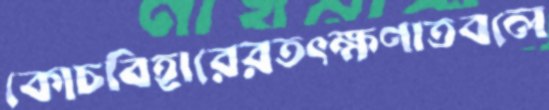
কোচবিহারেরতৎক্ষণাতবলে